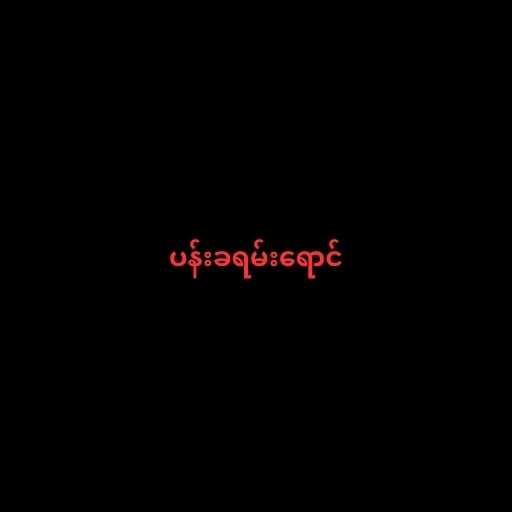
ပန်းခရမ်းရောင်